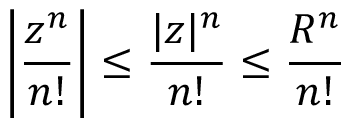
\left| { \frac { z ^ { n } } { n ! } } \right| \leq { \frac { | z | ^ { n } } { n ! } } \leq { \frac { R ^ { n } } { n ! } }